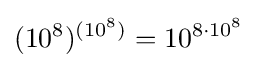
(10^{8})^{(10^{8})}=10^{8\cdot 10^{8}}